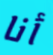
أنا